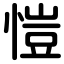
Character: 愷